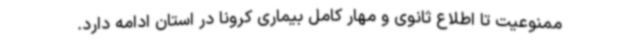
ممنوعیت تا اطلاع ثانوی و مهار کامل بیماری کرونا در استان ادامه دارد.